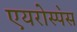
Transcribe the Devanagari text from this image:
एयरोस्प॓स